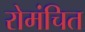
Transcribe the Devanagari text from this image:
रोमंचित